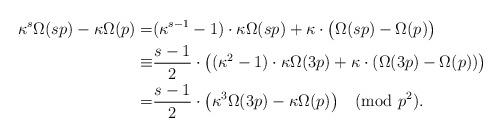
LaTeX: \begin{align*}\kappa^{s}\Omega(sp)-\kappa\Omega(p)=&(\kappa^{s-1}-1)\cdot\kappa\Omega(sp)+\kappa\cdot\big(\Omega(sp)-\Omega(p)\big)\\\equiv&\frac{s-1}{2}\cdot\big((\kappa^{2}-1)\cdot\kappa\Omega(3p)+\kappa\cdot(\Omega(3p)-\Omega(p))\big)\\=&\frac{s-1}{2}\cdot\big(\kappa^{3}\Omega(3p)-\kappa\Omega(p)\big)\pmod{p^2}.\end{align*}